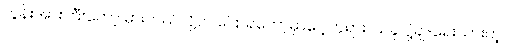
လွန်းအားကြီးတော့ မှားတယ်လို့ဘဲ ပြောရတော့မှာပေါ့ဘုရား၊ ယခု ပို့ချ-ရေးသားတဲ့